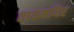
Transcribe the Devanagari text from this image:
तायमयिर